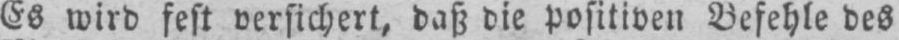
Es wird fest versichert, daß die positiven Befehle des